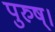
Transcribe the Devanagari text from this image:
पुरुष्।